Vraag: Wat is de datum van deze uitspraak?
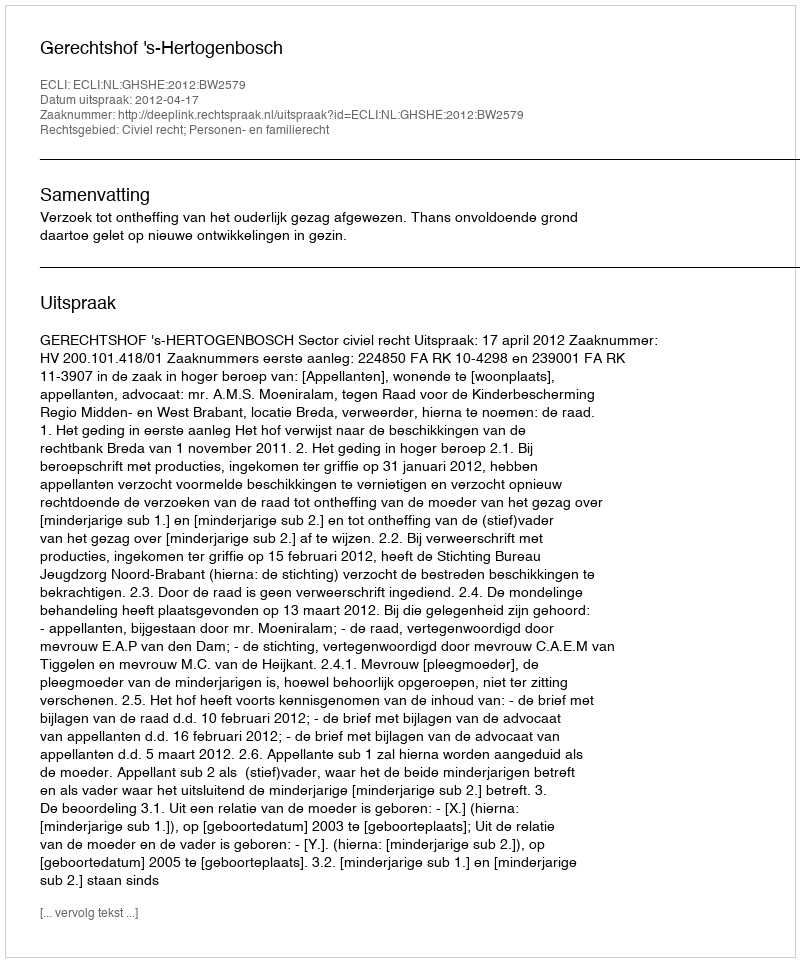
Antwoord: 2012-04-17